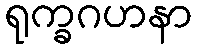
ရုက္ခဂဟနာ